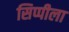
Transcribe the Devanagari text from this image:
सिप्पीला